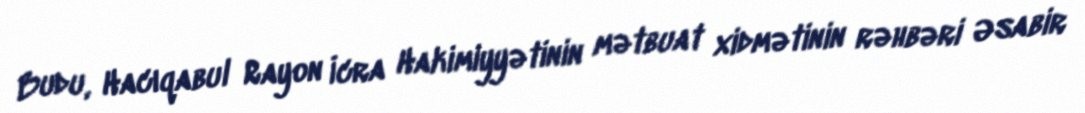
Budu, Hacıqabul Rayon İcra Hakimiyyətinin mətbuat xidmətinin rəhbəri Əsabir